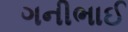
ગનીભાઈ